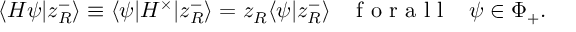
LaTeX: \langle H \psi | z _ { R } ^ { - } \rangle \equiv \langle \psi | H ^ { \times } | z _ { R } ^ { - } \rangle = z _ { R } \langle \psi | z _ { R } ^ { - } \rangle \, \, \, \, \, \textup { f o r a l l } \, \, \, \, \, \psi \in \Phi _ { + } .